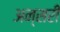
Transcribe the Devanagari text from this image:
अन्सरी